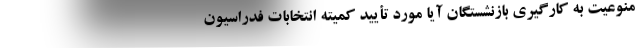
منوعیت به کارگیری بازنشستگان آیا مورد تأیید کمیته انتخابات فدراسیون